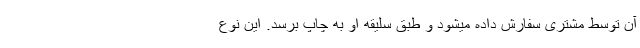
آن توسط مشتری سفارش داده میشود و طبق سلیقه او به چاپ برسد. این نوع